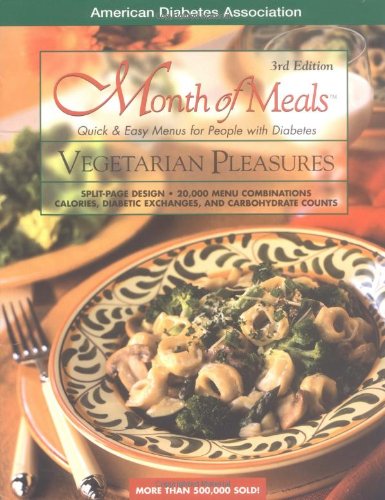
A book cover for Month of Meals: Vegetarian Pleasures; American Diabetes Association; Health, Fitness & Dieting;